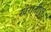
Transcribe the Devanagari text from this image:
खैरातीपुर